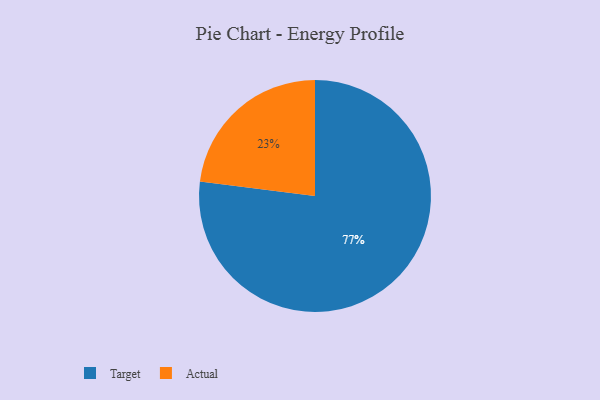
{"axis": {"x": "Category", "y": "Percentage"}, "legend": ["Actual", "Target"], "data": [{"x": "Actual", "y": 23, "type": "Actual"}, {"x": "Target", "y": 77, "type": "Target"}]}